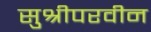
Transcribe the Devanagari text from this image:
सुश्रीपरवीन